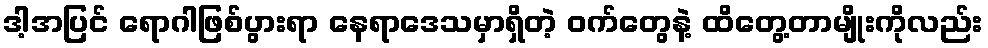
ဒါ့အပြင် ရောဂါဖြစ်ပွားရာ နေရာဒေသမှာရှိတဲ့ ဝက်တွေနဲ့ ထိတွေ့တာမျိုးကိုလည်း